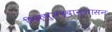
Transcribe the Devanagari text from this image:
भिक्षुशब्दानुशासन